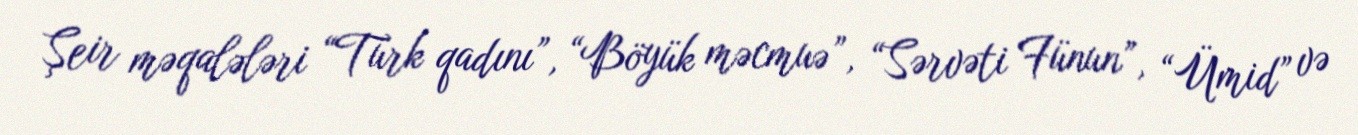
Şeir məqalələri “Türk qadını”, “Böyük məcmuə”, “Sərvəti Fünun”, “Ümid” və